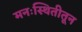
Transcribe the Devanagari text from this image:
मनःस्थितीतून